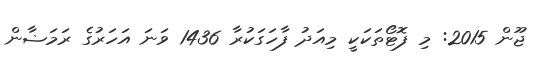
ޖޫން 2015: މި ފޮޓޯތަކަކީ މިއަދު ފާހަަގަކުރާ 1436 ވަނަ އަހަރުގެ ރަމަޟާން